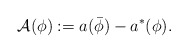
\begin{align*}\mathcal{A}(\phi):=a(\bar\phi)-a^\ast(\phi).\end{align*}